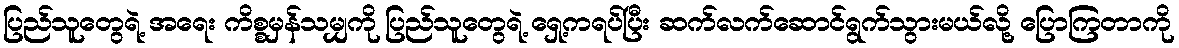
ပြည်သူတွေရဲ့ အရေး ကိစ္စမှန်သမျှကို ပြည်သူတွေရဲ့ ရှေ့ကရပ်ပြီး ဆက်လက်ဆောင်ရွက်သွားမယ်လို့ ပြောကြတာကို